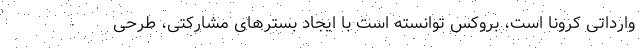
وارداتی کرونا است، بروکس توانسته است با ایجاد بسترهای مشارکتی، طرحی